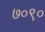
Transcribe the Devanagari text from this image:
७०९०